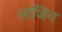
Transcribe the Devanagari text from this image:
लाॅजिंग